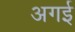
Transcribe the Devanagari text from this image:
अगई